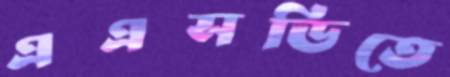
এএসডিতে